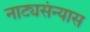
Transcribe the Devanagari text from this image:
नाट्यसंन्यास